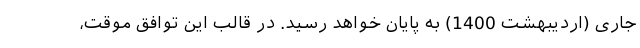
جاری (اردیبهشت 1400) به پایان خواهد رسید. در قالب این توافق موقت،